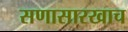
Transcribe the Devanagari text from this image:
सणासारखाच